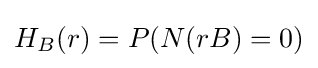
H_{B}(r)=P({N}(rB)=0)